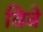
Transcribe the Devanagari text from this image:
विवे